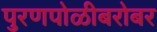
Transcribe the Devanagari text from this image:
पुरणपोळीबरोबर